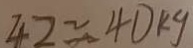
4 2 \approx 4 0 k g